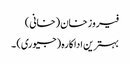
فیروز خان (خانی)
بہترین اداکارہ (جیوری) ۔